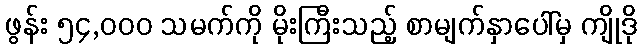
ဖွန်း ၅၄,၀၀၀ သမက်ကို မိုးကြီးသည့် စာမျက်နှာပေါ်မှ ကျိုဒို